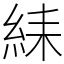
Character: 䋘